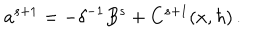
a ^ { s + 1 } = - \delta ^ { - 1 } B ^ { s } + C ^ { s + 1 } ( x , \hbar ) \, .